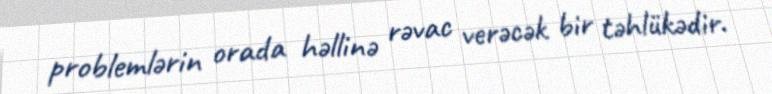
problemlərin orada həllinə rəvac verəcək bir təhlükədir.